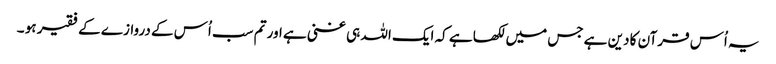
یہ اُس قرآن کا دین ہے جس میں لکھا ہے کہ ایک اللہ ہی غنی ہے اور تم سب اُس کے دروازے کے فقیر ہو ۔